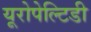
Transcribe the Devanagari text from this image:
यूरोपेल्टिडी